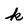
Character: k